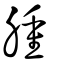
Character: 腫